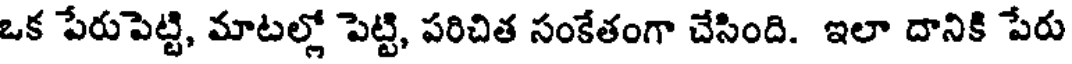
ఒక పేరుపెట్టి, మాటల్లో పెట్టి, పరిచిత సంకేతంగా చేసింది. ఇలా దానికి పేరు